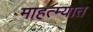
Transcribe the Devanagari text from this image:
माहत्म्यात